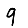
Digit: 9